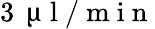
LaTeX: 3\, \mathrm{~\textmu~l~}/\mathrm{~m~i~n~}